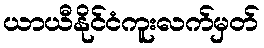
ယာယီနိုင်ငံကူးလက်မှတ်